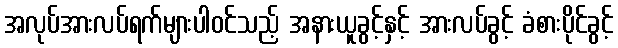
အလုပ်အားလပ်ရက်များပါဝင်သည့် အနားယူခွင့်နှင့် အားလပ်ခွင့် ခံစားပိုင်ခွင့်